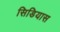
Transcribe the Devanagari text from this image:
सिडियास